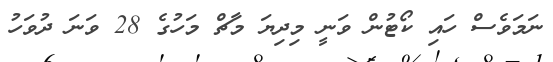
ނަމަވެސް ހައި ކޯޓުން ވަނީ މިދިޔަ މާޗް މަހުގެ 28 ވަަނަ ދުވަހު